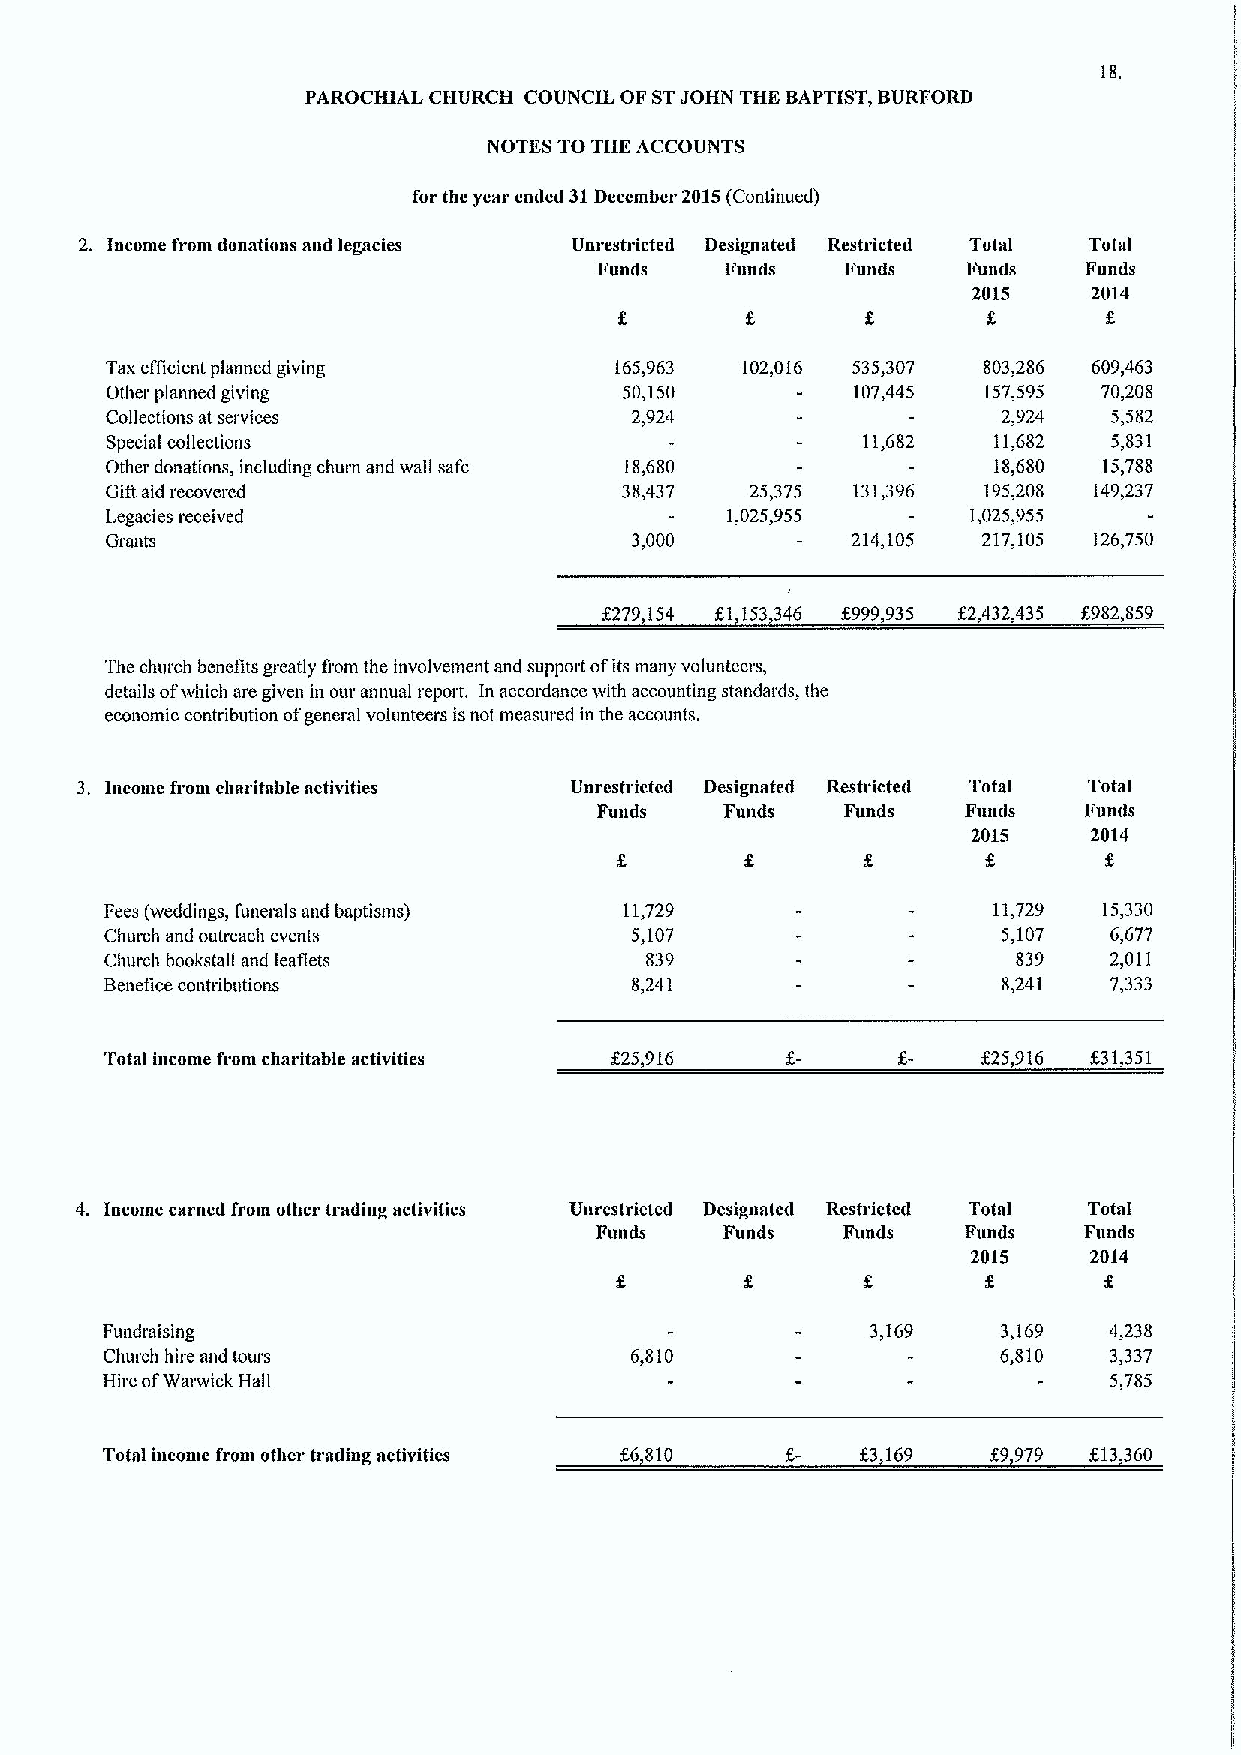
18.
 PAROCHIAL CHURCH COUNCIL OF STJOHN THE BAPTIST, BURFORD
 NOTES TOTHE ACCOUNTS
 for thc year emled 31December 2015(Continued)
 2. Income from donations and legacies Unrestricted Designated Restricted Total Total
 Funds   Funds   Funds   Funds   Funds
 2015    2014
 Tax efficient planned giving      165,963 102,016 535,307 803,286 609,463
 Other planned giving              50,150          107,445 157,595 70,208
 Collections at services            2,924                   2,924   5,582
 Special collections                               11,682   11,682  5,831
 Other donations, including churn and wall safe 18,680      18,680 15,788
 Gifl aid recovered                38,437   25,375 131,396 195,208 149,237
 Legacies received                        1,025,955       1,025,955
 Grants                             3,000         214,105  217,105 126,750
 5279,154 51,153,346 8999,935 52,432,435 8982,859
 The clnirch benefits greatly fiom the involvement and support ofits many volunteers,
 details ofwhich are given in our annual report. In accordance with accounting standards, the
 economic contribution ofgennal volunteers isnot measured in the accounts.
 3. Income from charitable activities Unrestricted Designated Restricte&l Total Total
 Funds   Funds   Funds   Fumls   Funds
 2015    2014
 Fees (weddings, funerals and baptisms) 11,729              11,729 15,330
 Church and outreach events         5,107                   5,107  6,677
 Church bookstall and leaflets       839                     839   2,011
 Benefice contributions             8,241                   8,241  7,333
 Total income from charitable activities 525,916           525,916 f31,351
 4. Income earned from other trading activities Unrestricted Designated Restricted Total Total
 Funds    Funds   Funds   Funds   Funds
 2015    2014
 g
 Fundraising                                        3,169   3,169  4,238
 Church hire and tours              6,810                   6,810  3,337
 Hire ofWarwick Hall                                               5,785
 Total income from other trading activities 56,810 f3,169   59,979 513,360